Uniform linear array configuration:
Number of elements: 16
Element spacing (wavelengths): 1
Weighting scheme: hamming
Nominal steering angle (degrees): -15
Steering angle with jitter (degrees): -13.955
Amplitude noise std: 0.05
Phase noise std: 0.05

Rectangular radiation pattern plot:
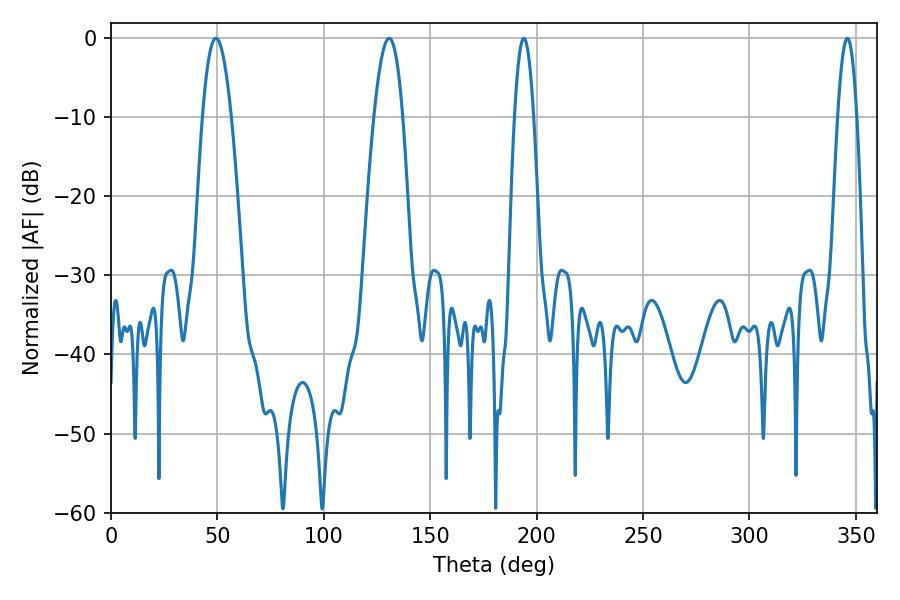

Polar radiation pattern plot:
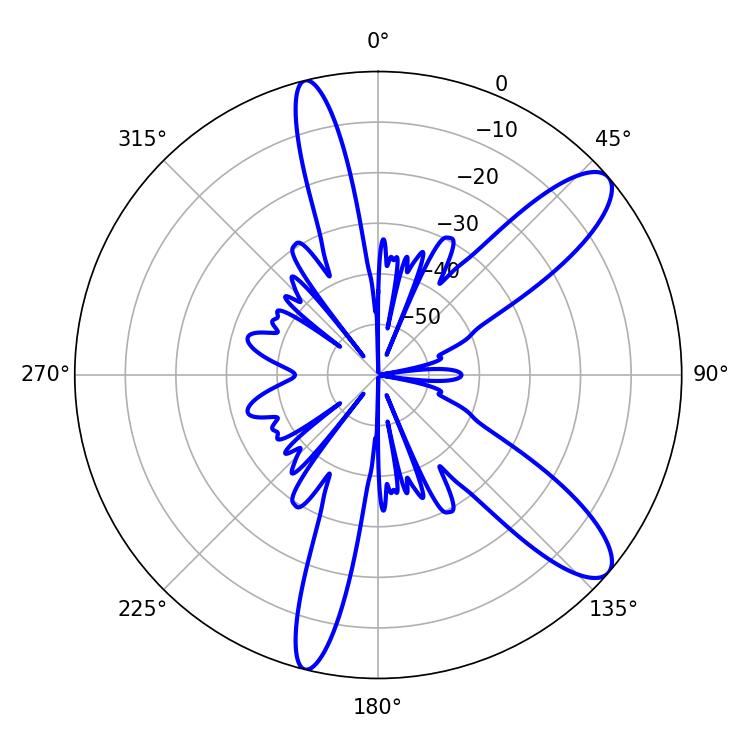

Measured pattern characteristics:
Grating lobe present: TRUE
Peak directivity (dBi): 10.778
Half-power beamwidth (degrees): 7.38
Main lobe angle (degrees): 49.32